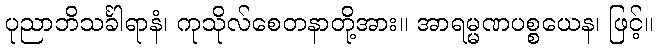
ပုညာဘိသင်္ခါရာနံ၊ ကုသိုလ်စေတနာတို့အား။ အာရမ္မဏပစ္စယေန၊ ဖြင့်။